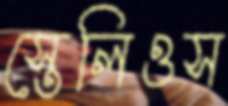
স্তেলিওস